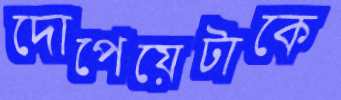
দোপেয়েটাকে